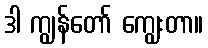
ဒါ ကျွန်တော် ကျွေးတာ။